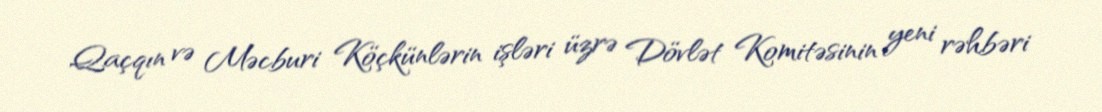
Qaçqın və Məcburi Köçkünlərin işləri üzrə Dövlət Komitəsinin yeni rəhbəri